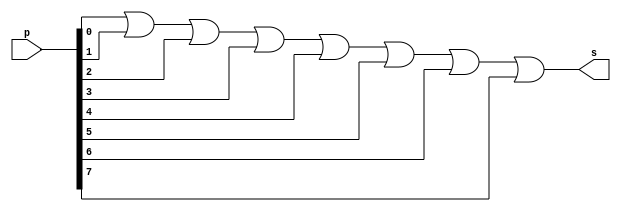
//--------------------------------------
//Exercicio 12 - Receber 1 byte e verificar se algum bit  igual a 1
//Nome: Thaise Souto Martins
//Matrcula: 395504
//---------------------------------------

module orgate(output s,input [7:0]p);
	assign s = p[0]|p[1]|p[2]|p[3]|p[4]|p[5]|p[6]|p[7];
endmodule //orgate

module testorgate;
	reg [7:0]a;	//definir registradores
	wire s;	//conexo(fio)
	orgate OR1(s,a);
	
	initial begin:start
		a=8'b00000000;
	end
	
	initial begin
		$display("Exercicio 12 - Thaise Souto Martins - 395504");
		$display("Receber 1 byte e verificar se algum bit  igual a 1");
		$display("\nabcedfgh = s\n");
		$monitor("%8b = %b",a,s);
		#1 a=8'b00000001;
		#1 a=8'b00000010;
		#1 a=8'b00000100;
		#1 a=8'b00001000;
		#1 a=8'b00010000;
		#1 a=8'b00100000;
		#1 a=8'b01000000;
		#1 a=8'b10000000;
		#1 a=8'b00000011;
		#1 a=8'b00000110;
		#1 a=8'b00001100;
		#1 a=8'b00011000;
		#1 a=8'b00110000;
		#1 a=8'b01100000;
		#1 a=8'b11000000;
		#1 a=8'b00000101;
		#1 a=8'b00001010;
		#1 a=8'b00010100;
		#1 a=8'b00101000;
		#1 a=8'b01010000;
		#1 a=8'b10100000;
		#1 a=8'b00001001;
		#1 a=8'b00010010;
		#1 a=8'b00100100;
		#1 a=8'b01001000;
		#1 a=8'b10010000;
		#1 a=8'b00010001;
		#1 a=8'b00100010;
		#1 a=8'b01000100;
		#1 a=8'b10001000;
		#1 a=8'b00100001;
		#1 a=8'b01000010;
		#1 a=8'b10000100;
		#1 a=8'b01000001;
		#1 a=8'b10000010;
		#1 a=8'b10000001;
		#1 a=8'b11111111;
	end

endmodule//testnorgate